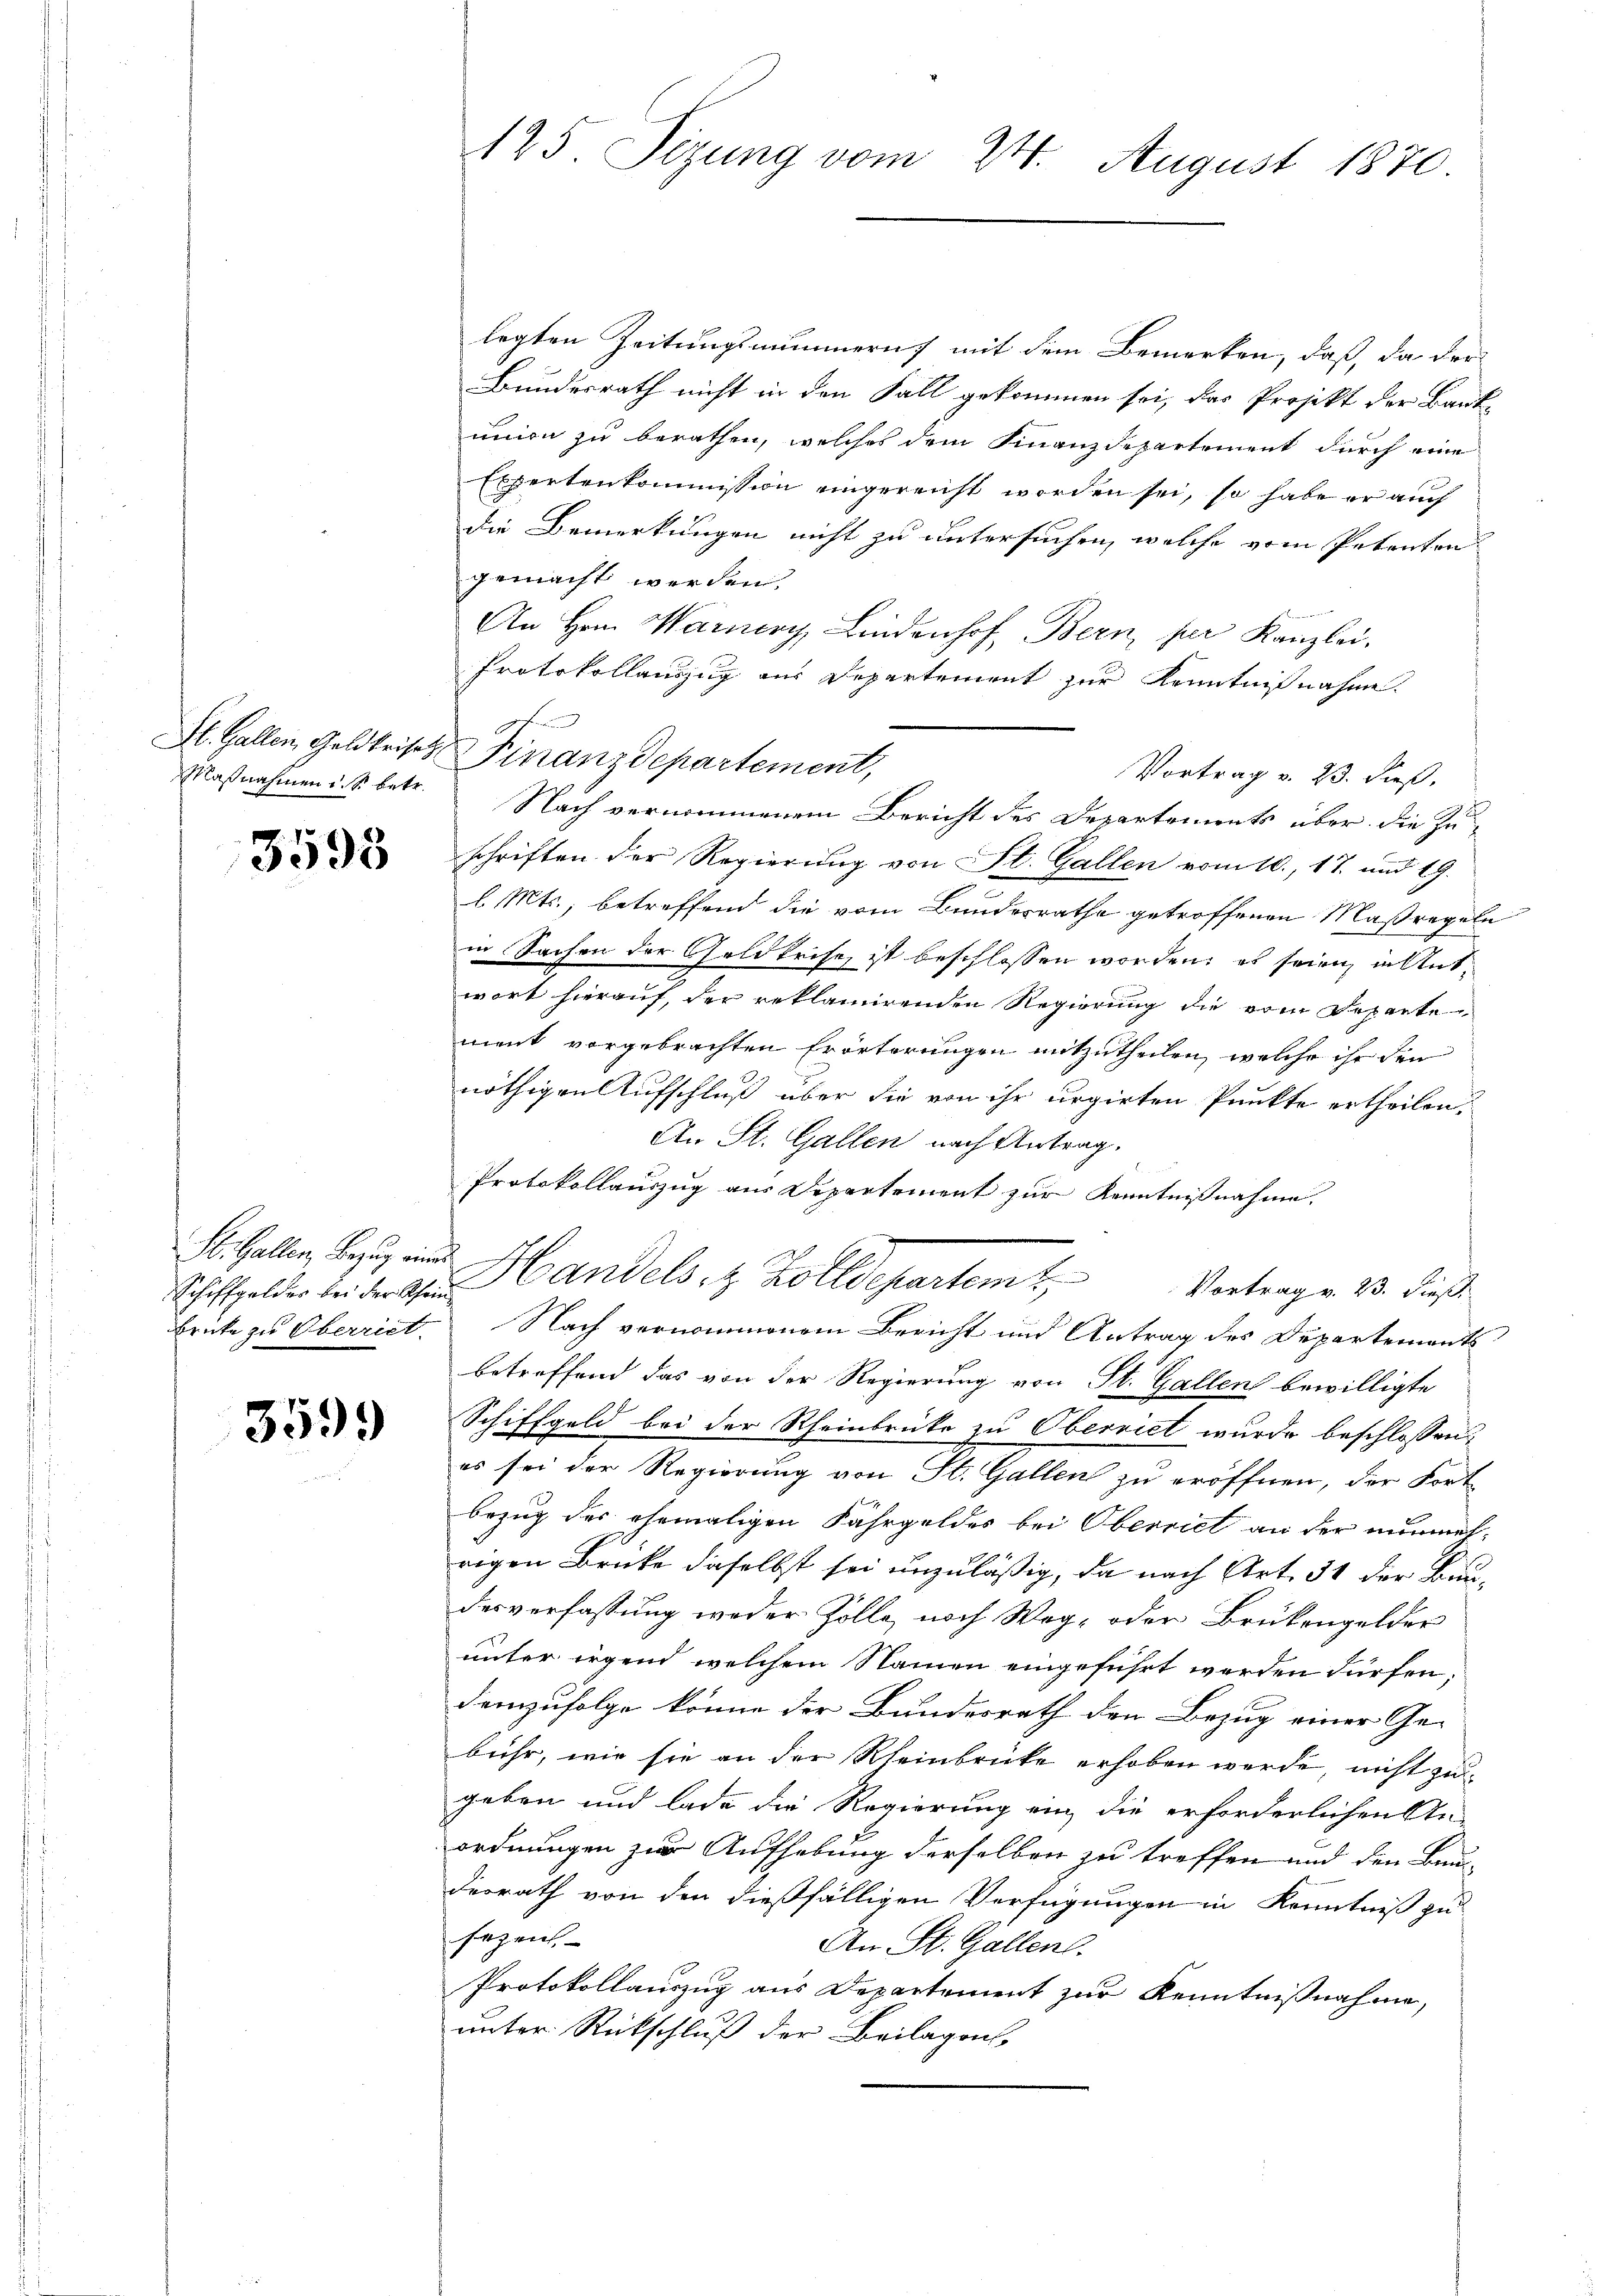
Maßnahmen d. S. betr.

3595

Sl. Gallen, Bezug eines

3599

125. Sizung vom 24. August 1870.

legten Zeitungssummern mit dem Bemerken, daß, da der
Bundesrath nicht in den Fall gekommen sei, das Projekt der Bank-
union zu berathen, welches dem Finanzdepartement durch eine
Expertenkommission eingereicht worden sei, so habe er auch
die Bemerkungen nicht zu untersuchen, welche vom Petenten
gemacht werden.
An Hrn. Warnery Lindenhof, Bern, per Kanzlei.
Protokollauszug aus Departement zur Kenntnißnahme.
Vortrag v. 23. dieß,
schriften der Regierung von St. Gallen vom 10., 17. und 19.
l. Mts., betreffend die vom Bundesrathe getroffenen Maßregeln
in Sachen der Geldkrise, ist beschlossen worden, es seien in Antwort hierauf, der reklamirenden Regierung die vom Departement vorgebrachten Erörterungen mitzutheilen, welche ihr den
nöthigen Aufschluß über die von ihr urgirten Punkte ertheilen.
An St. Gallen nach Antrag.
Protokollauszug aus Departement zur Kenntnißnahme.
Schiffelder bei der Handels, z. Zolldepartem Vortrage 13. dieß
brüke zu Oberriet. Nach vernommenem Bericht und Antrag des Departements
betreffend das von der Regierung von St. Gallen bewilligte
Schiffgeld bei der Rheinbrücke zu Oberriet wurde beschlossen:
es sei der Regierung von St. Gallen zu eröffnen, der Fort
bezug des ehemaligen Fahrgeldes bei Oberriet an der nunmehrigen Brüke daselbst sei unzuläßig, da nach Art. 31 der Baudesverfassung weder Zolle, noch Weg- oder Brükengelder
unter irgend welchem Namen eingeführt werden dürfen;
Demzufolge könne der Bundesrath den Bezug einer Ge-
bühr, wie sie an der Rheinbrücke erhoben werde, nicht zu
geben und lade die Regierung ein die erforderlichen An-
ordnungen zur Aufhebung derselben zu treffen und den Bau-
derrath von den dießfälligen Verfügungen in Kenntniß zu
fezen.
An St. Gallen.
Protokollauszug aus Departement zur Kenntnißnahme,
unter Rückschluß der Beilagen,

c
St. Gallen, Geldkrises Finanzdepartement,

Nach vernommenem Bericht des Departements über die Zu-